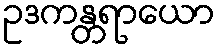
ဥဒကန္တရာယော